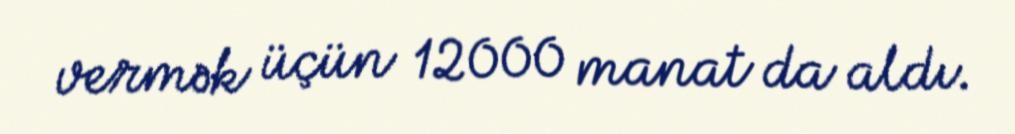
vermək üçün 12000 manat da aldı.